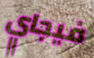
فيجاي